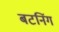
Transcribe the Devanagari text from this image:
बटनिंग